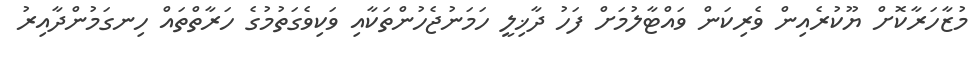
މުޒާހަރާކޮށް ޔޫކުރެއިން ވެރިކަން ވައްޓާލުމަށް ފަހު ދާޚިލީ ހަމަނުޖެހުންތަކާއި ވަކިވެގަތުމުގެ ހަރާތްތައް ހިނގަމުންދާއިރު